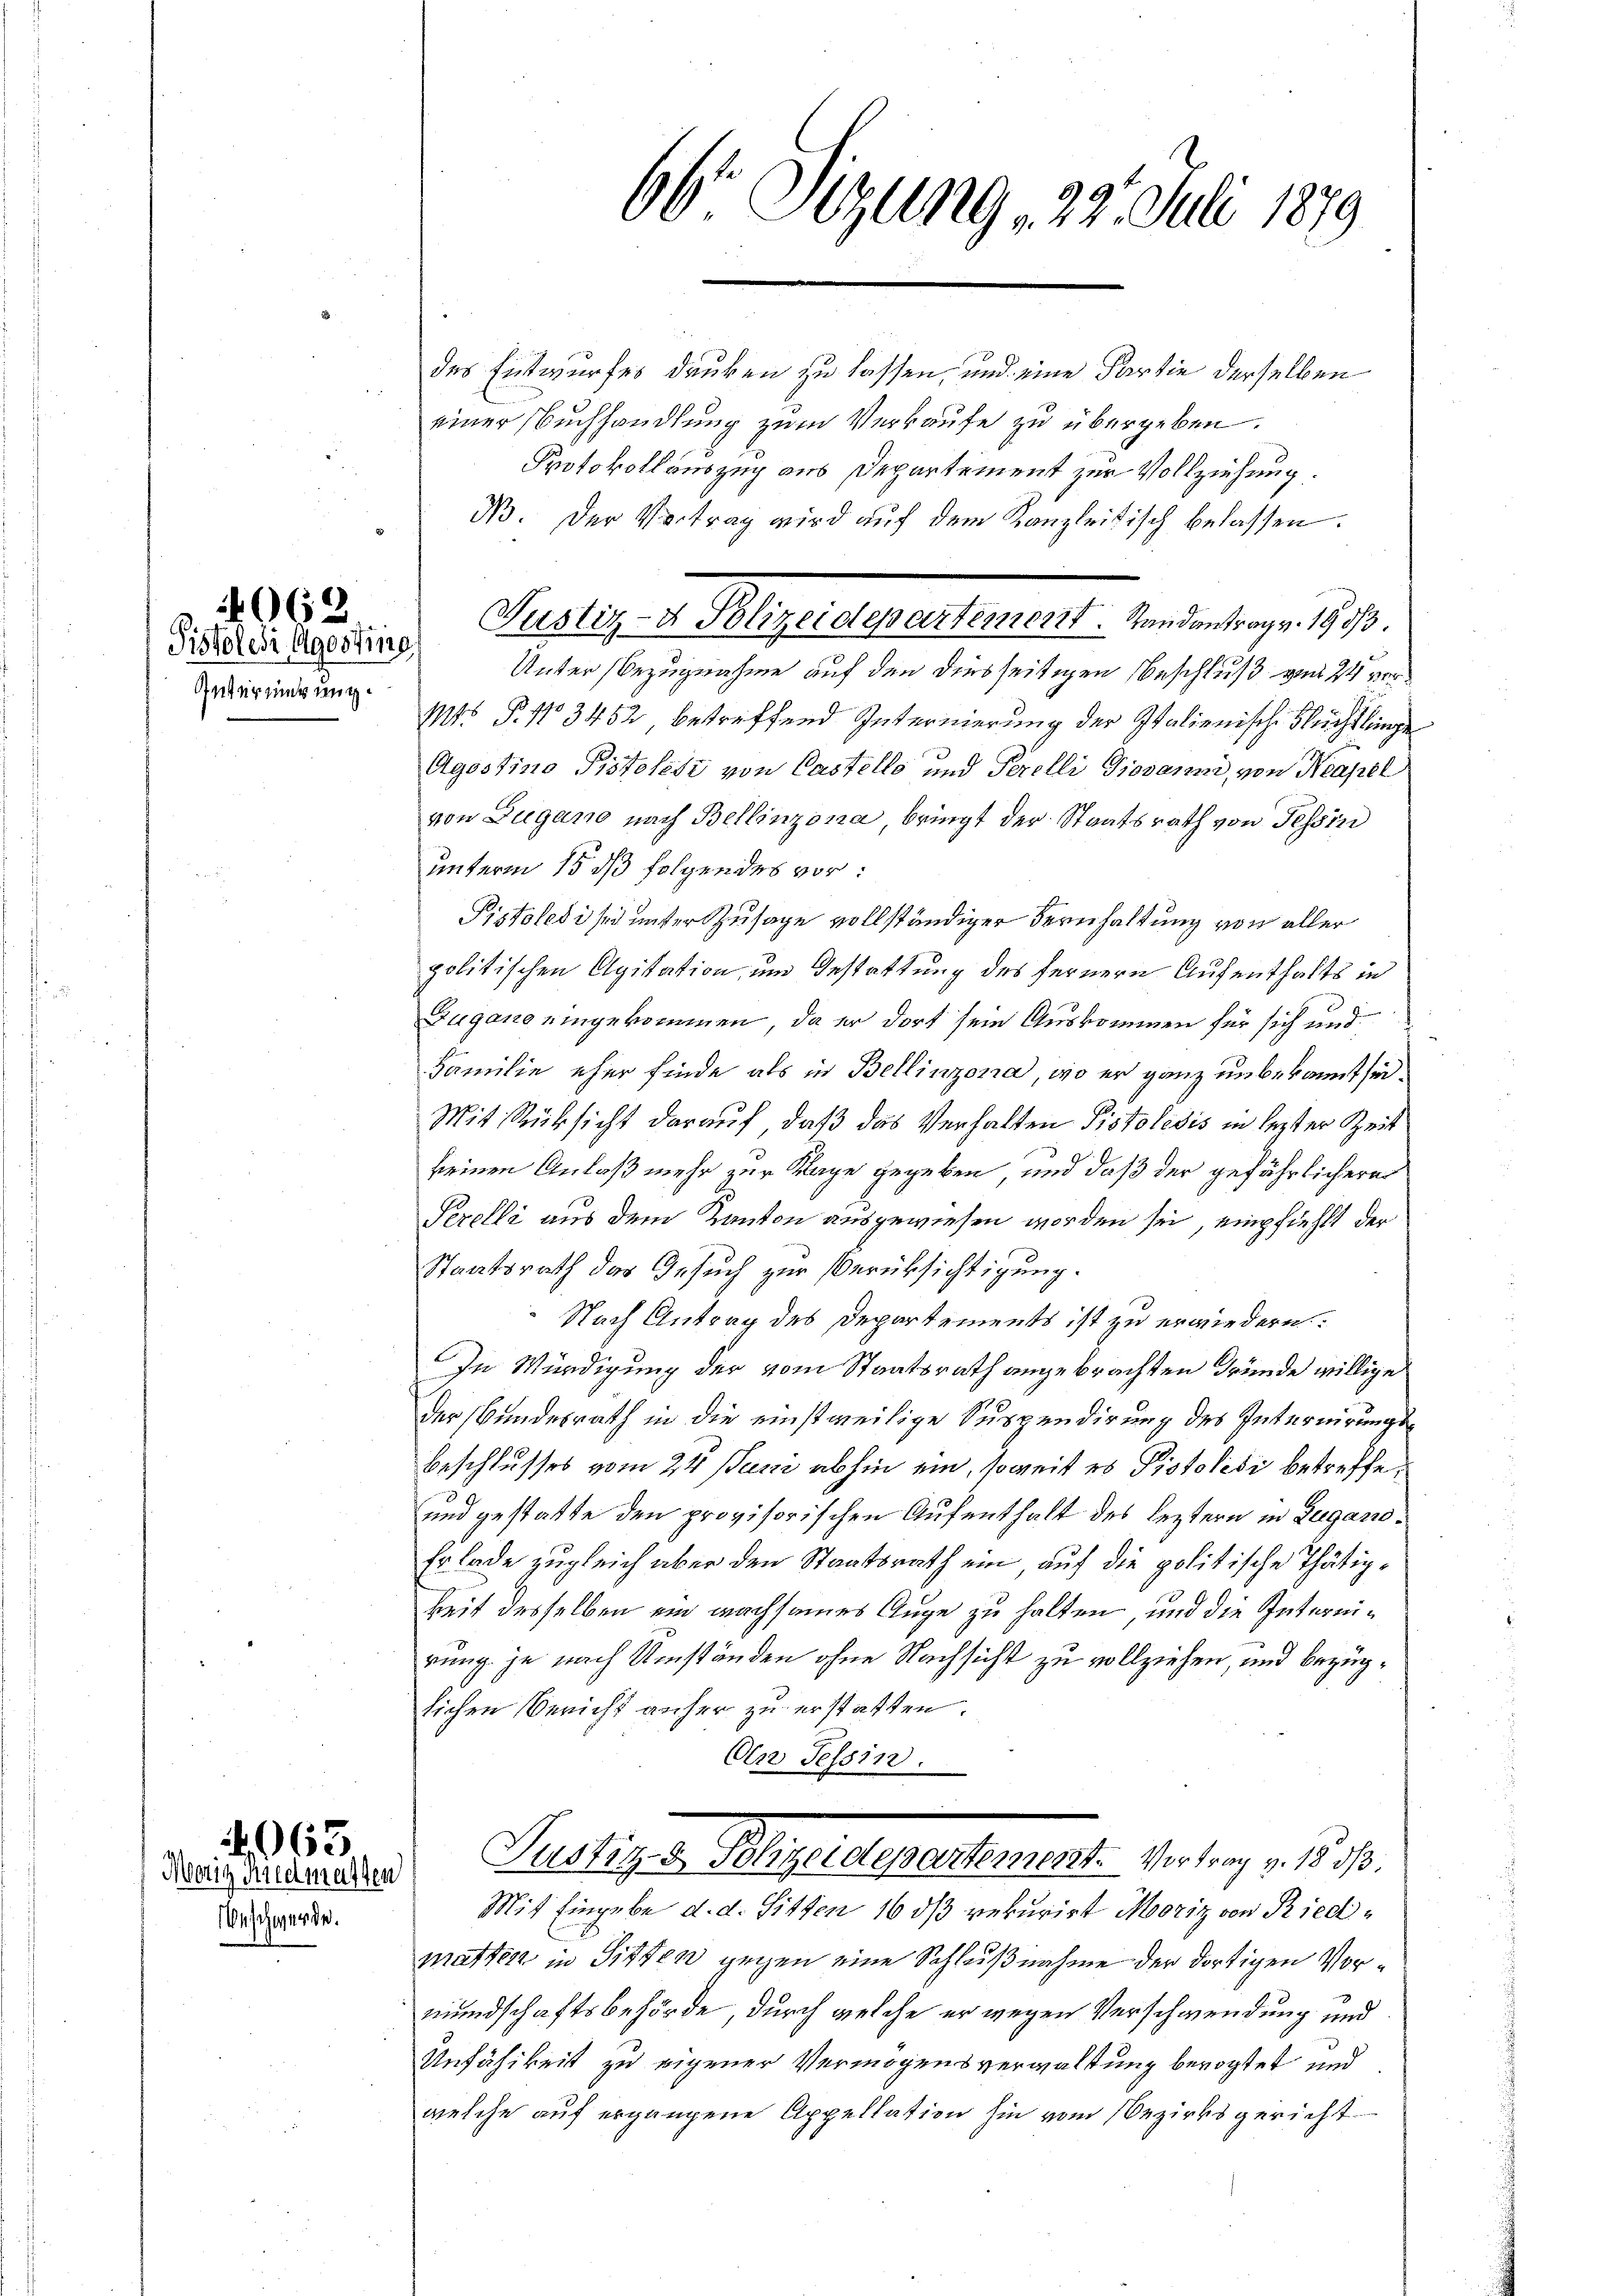
Intermerung.

Beschwerde.

062.
Pistolesi Agosting

4963
Morig Riedmasten

66t Sizung 22. Juli 1879
.

des Entwurfes danken zu lassen, und eine Partie derselben
einer Buchhandlung zum Verkaufe zu übergeben.
Protokollauszug aus Departement zur Vollziehung.
N. Der Vertrag wird auf dem Kanzleitisch belassen.
Unter Bezugnahme auf den diesseitigen Beschluß vom 24 vor¬
Mts P. No 3452 betreffend Internierung der Italienische Flüchtlinge
Agostino Pistolesi von Castelle und Perelli Giovanni, von Neapel
von Zugano nach Bellinzona bringt der Staatsrath von Tessin
unterm 15. dß folgendes vor:
Pistolesi sei unter Zusage vollständiger Bernhaltung von aller
politischen Agitation, um Gestattung des fernern Aufenthalts in
Zugano eingekommen, da er dort sein Auskommen für sich und
Familie eher finde als in Bellinzona, wo er ganz unbekannt sei.
Mit Rücksicht darauf, daß das Verhalten Pistolesis in lezter Zeit
keinen Anlaß mehr zur Klage gegeben, und daß der gefährlichere
Perelli aus dem Kanton ausgewiesen worden sei, empfiehlt der
Staatsrath das Gesuch zur Berüksichtigung.
Nach Antrag des Departements ist zu erwiedern.
In Würdigung der vom Staatsrath angebrachten Gründe willige
der Bundesrath in die einstweilige Suspendirung des Internirungs¬
Beschlusses vom 24. Juni abhin ein, soweit es Pistolidi betreffe,
und gestatte den provisorischen Aufenthalt des leztern in Zugano
Er lade zugleich aber den Staatsrath ein auf die politische Thätigheit desselben ein nachsames Auge zu halten, und die Internirung je nach Umständen ohne Nachsicht zu vollziehen, und bezüglichen Bericht anher zu erstatten.
Oln Tessin.
Pelligen Augendesrathes verlang 1 1890.
Mit Eingabe d. d. Sitten 16 dß rekurirt Mooriz von Riedmatten in Sitten gegen eine Schlußnahme der dortigen Vormundschaftsbehörde, durch welche er wegen Verschwendung und
Unfähikeit zu eigener Vermögensverwaltung bevogtet und
welche auf ergangene Appellation hin vom Bezirksgericht

Justiz- & Polizeidepartement. Randantrag v. 1903.